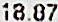
18.87